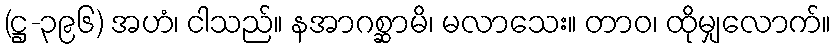
(ဋ္ဌ-၃၉၆) အဟံ၊ ငါသည်။ နအာဂစ္ဆာမိ၊ မလာသေး။ တာဝ၊ ထိုမျှလောက်။